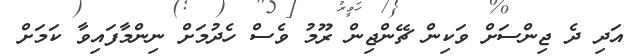
އަދި ދެ ޖިންސަށް ވަކިން ޗޭންޖިން ރޫމު ވެސް ހެދުމަށް ނިންމާފައިވާ ކަމަށް